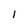
Character: 1